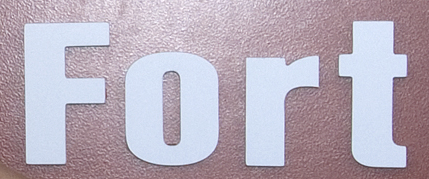
Fort